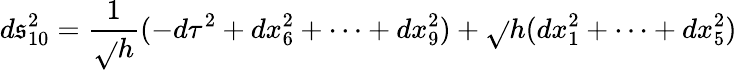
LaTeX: d\mathfrak{s}_{10}^{2}=\frac{{1}}{{\sqrt{}{{h}}}}(-d\tau^{2}+dx_{6}^{2}+\cdots+dx_{9}^{2})+\sqrt{}{{h}}(dx_{1}^{2}+\cdots+dx_{5}^{2})